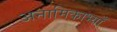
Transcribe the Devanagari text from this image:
अनामिकाभ्याँ